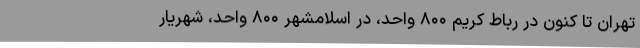
تهران تا کنون در رباط کریم ۸۰۰ واحد، در اسلامشهر ۸۰۰ واحد، شهریار